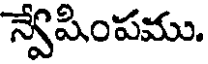
న్వేషింపము.